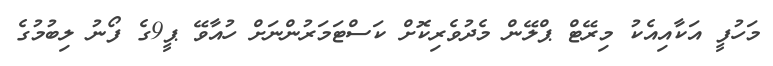
މަހުފީ އަކާއިއެކު މިރޭޓް ޕްލޭން މެދުވެރިކޮށް ކަސްޓަމަރުންނަށް ހުއާވޭ ޕީ9ގެ ފޯނު ލިބުމުގެ